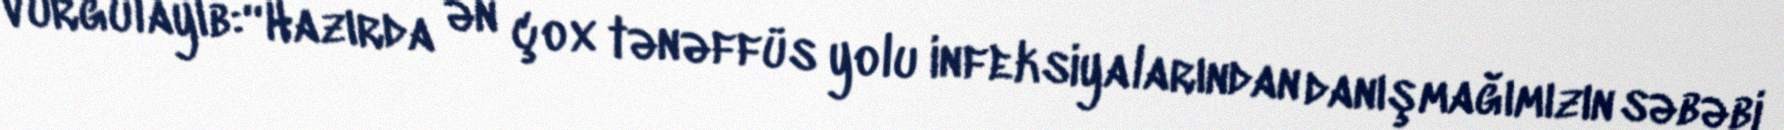
vurğulayıb:“Hazırda ən çox tənəffüs yolu infeksiyalarından danışmağımızın səbəbi